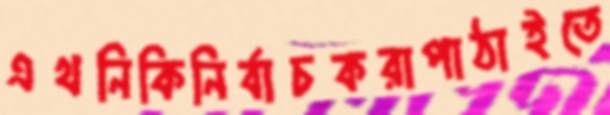
এথনিকিনির্বাচকরাপাঠাইতে